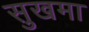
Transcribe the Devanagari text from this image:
सुखमा